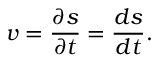
v = \frac { \partial s } { \partial t } = \frac { d s } { d t } .